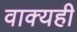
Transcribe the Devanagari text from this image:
वाक्यही